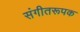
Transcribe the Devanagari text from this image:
संगीतरूपक